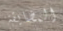
المضايقة